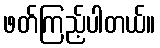
ဖတ်ကြည့်ပါတယ်။